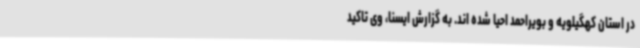
در استان کهگیلویه و بویراحمد احیا شده اند. به گزارش ایسنا، وی تاکید